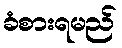
ခံစားရမည်